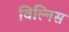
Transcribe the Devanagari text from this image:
विल्निस